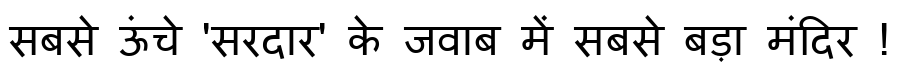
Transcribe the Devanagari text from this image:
सबसे ऊंचे 'सरदार' के जवाब में सबसे बड़ा मंदिर !